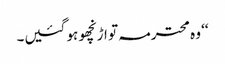
‘‘ وہ محترمہ تو اڑنچھو ہو گئیں۔